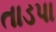
તાડપા